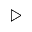
\triangleright